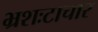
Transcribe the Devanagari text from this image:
भ्रशःटाचार